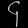
Digit: ၄